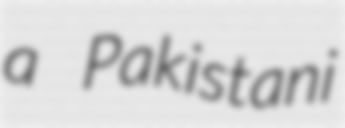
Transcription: a Pakistani